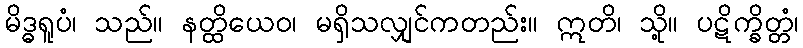
မိဒ္ဓရူပံ၊ သည်။ နတ္ထိယေဝ၊ မရှိသလျှင်ကတည်း။ ဣတိ၊ သို့။ ပဋိက္ခိတ္တံ၊